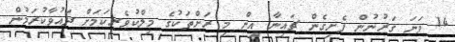
14 ވަނަ ގަރުނުން ފެށިގެން ޗައިނާ އިން މި ރަށްތަކުގެ މިލްކުވެރިކަމަށް ދައުވާކުރަމުން